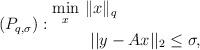
LaTeX: \begin{align*}(P_{q,\sigma}):\begin{aligned}\min_{x}&~\|x\|_{q}\\ &~~||y-{A}x||_2\leq\sigma, \end{aligned}\end{align*}